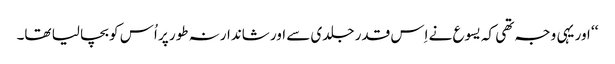
‘‘ اور یہی وجہ تھی کہ یسوع نے اِس قدر جلدی سے اور شاندارنہ طور پر اُس کو بچا لیا تھا۔